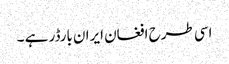
اسی طرح افغان ایران بارڈر ہے ۔